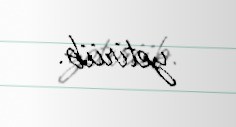
yetiriib.